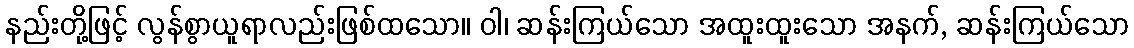
နည်းတို့ဖြင့် လွန်စွာယူရာလည်းဖြစ်ထသော။ ဝါ၊ ဆန်းကြယ်သော အထူးထူးသော အနက်, ဆန်းကြယ်သော